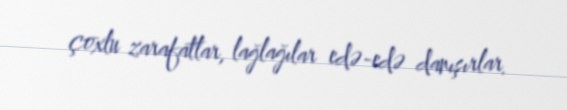
çoxlu zarafatlar, lağlağılar edə-edə danışırlar.